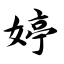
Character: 婷